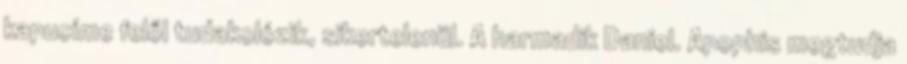
kapucíme felől tudakolózik, sikertelenül. A harmadik Daniel. Apophis megtudja